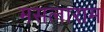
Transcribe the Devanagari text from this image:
मसलाराम